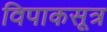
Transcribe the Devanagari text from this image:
विपाकसूत्र